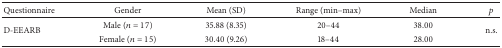
| Questionnaire | Gender | Mean (SD) | Range (min–max) | Median | p |
 | --- | --- | --- | --- | --- | --- |
 | <ROWSPAN=2> D-EEARB | Male (n = 17) | 35.88 (8.35) | 20–44 | 38.00 | <ROWSPAN=2> n.s. |
 | Female (n = 15) | 30.40 (9.26) | 18–44 | 28.00 |